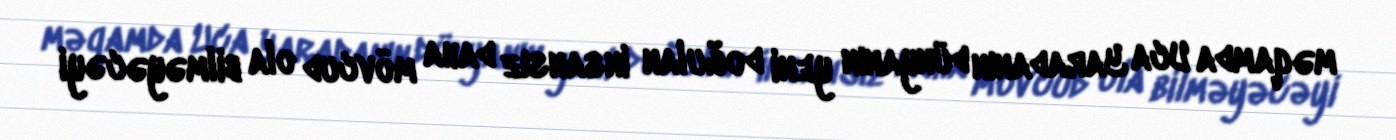
məqamda Uca Yaradanın dünyanın yeni doğulan insansız daha mövcud ola bilməyəcəyi